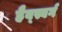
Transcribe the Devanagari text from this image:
हैब्स्बर्ग